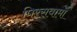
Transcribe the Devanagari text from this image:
पिरसवामां